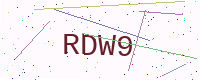
Text: RDW9